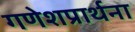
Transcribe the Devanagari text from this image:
गणेशप्रार्थना